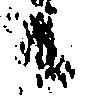
候